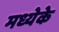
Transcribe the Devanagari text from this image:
मध्येके